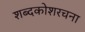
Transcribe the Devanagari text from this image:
शब्दकोशरचना